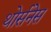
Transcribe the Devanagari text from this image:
थोर्सनेस